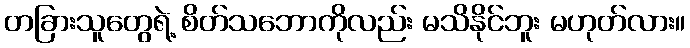
တခြားသူတွေရဲ့ စိတ်သဘောကိုလည်း မသိနိုင်ဘူး မဟုတ်လား။